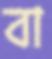
বা